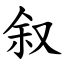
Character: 叙